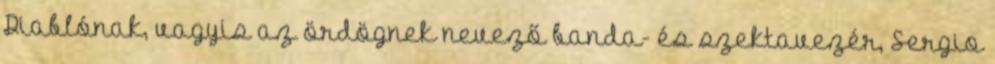
Diablónak, vagyis az ördögnek nevező banda- és szektavezér, Sergio